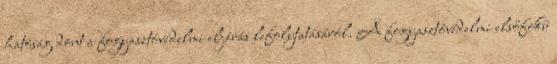
hatóság dönt a fogyasztóvédelmi eljárás lefolytatásáról. A fogyasztóvédelmi elsőfokú